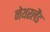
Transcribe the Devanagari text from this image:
नेथरलैंड